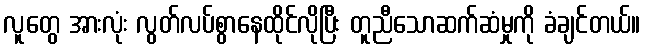
လူတွေ အားလုံး လွတ်လပ်စွာနေထိုင်လိုပြီး တူညီသောဆက်ဆံမှုကို ခံချင်တယ်။